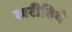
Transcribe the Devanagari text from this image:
खरीदिये